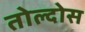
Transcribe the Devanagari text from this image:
तोल्दोस